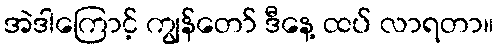
အဲဒါကြောင့် ကျွန်တော် ဒီနေ့ ထပ် လာရတာ။